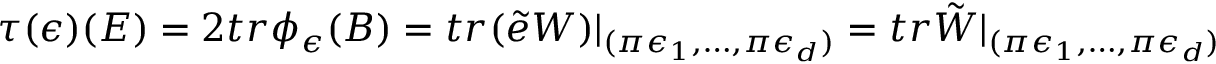
\tau ( \epsilon ) ( E ) = 2 t r \phi _ { \epsilon } ( B ) = t r ( \tilde { e } W ) | _ { ( \pi \epsilon _ { 1 } , \dots , \pi \epsilon _ { d } ) } = t r \tilde { W } | _ { ( \pi \epsilon _ { 1 } , \dots , \pi \epsilon _ { d } ) }